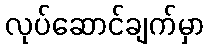
လုပ်ဆောင်ချက်မှာ